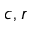
c , r